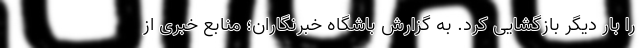
را بار دیگر بازگشایی کرد. به گزارش باشگاه خبرنگاران؛ منابع خبری از